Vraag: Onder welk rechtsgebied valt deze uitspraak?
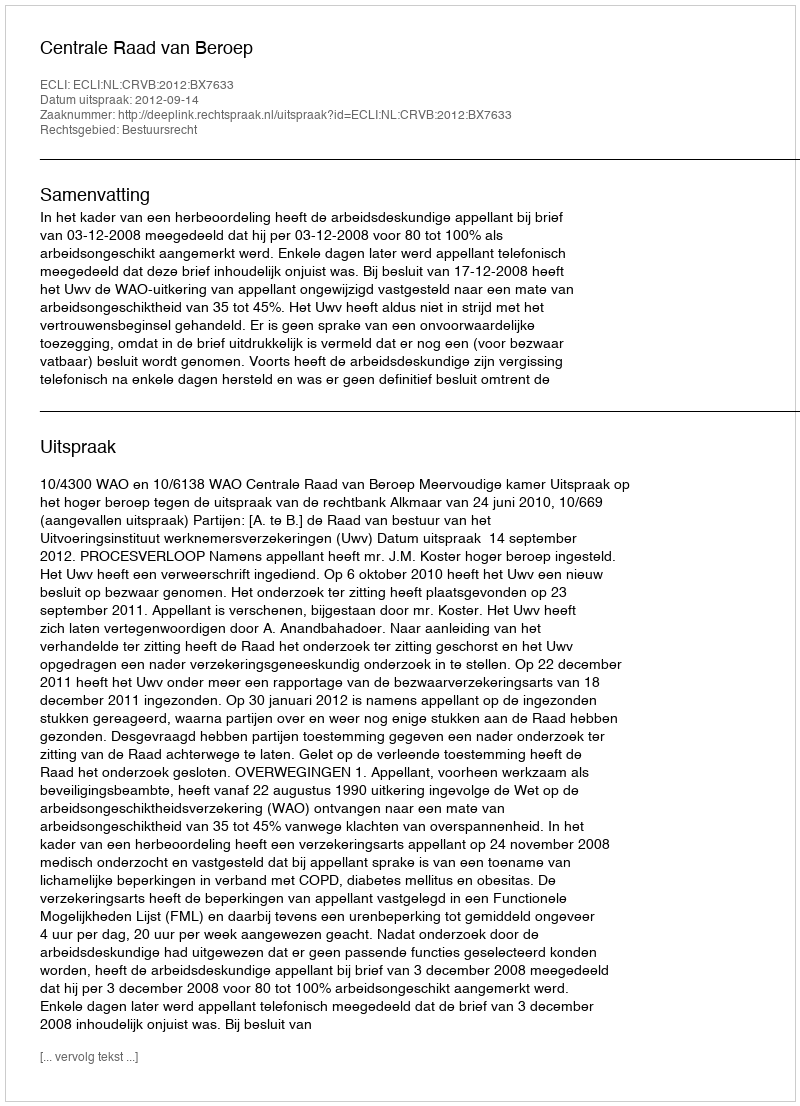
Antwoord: Bestuursrecht